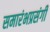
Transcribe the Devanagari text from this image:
समारंभप्रसंगी